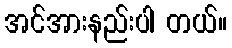
အင်အားနည်းပါ တယ်။